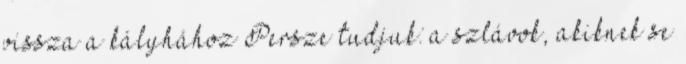
vissza a kályhához Persze tudjuk: a szlávok, akiknek se